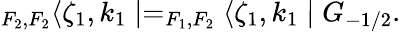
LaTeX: _{F_{2},F_{2}}\langle\zeta_{1},k_{1}\mid=_{F_{1},F_{2}}\langle\zeta_{1},k_{1}\mid G_{-1/2}.